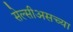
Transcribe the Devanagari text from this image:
सेल्सीअसच्या